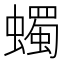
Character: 蠋